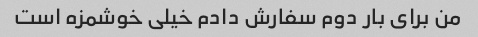
من برای بار دوم سفارش دادم خیلی خوشمزه است